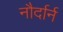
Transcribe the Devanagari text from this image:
नौर्दार्न